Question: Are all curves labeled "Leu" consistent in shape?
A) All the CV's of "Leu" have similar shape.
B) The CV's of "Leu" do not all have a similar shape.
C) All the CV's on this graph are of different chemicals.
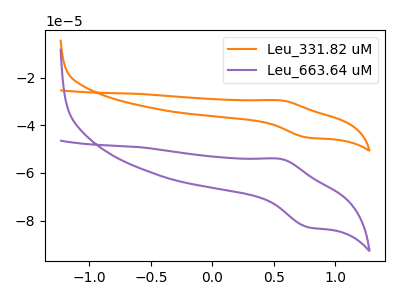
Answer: <think>The orange curve "Leu_331.82 uM" has an anodic peak at (0.55V, -29.55uA) and a cathodic peak at (0.80V, -45.20uA). The purple curve "Leu_663.64 uM" has an anodic peak at (0.55V, -54.10uA) and a cathodic peak at (0.80V, -82.75uA).
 All the peaks in "Leu_331.82 uM" have a peak in "Leu_663.64 uM" at the same potential.</think>
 <answer>A) All the CV's of "Leu" have similar shape.</answer>
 <eval>A</eval>